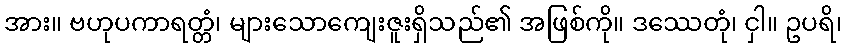
အား။ ဗဟုပကာရတ္တံ၊ များသောကျေးဇူးရှိသည်၏ အဖြစ်ကို။ ဒဿေတုံ၊ ငှါ။ ဥပရိ၊